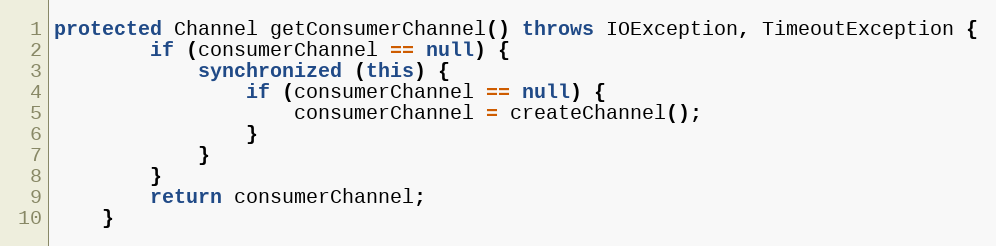
Language: Java
protected Channel getConsumerChannel() throws IOException, TimeoutException {
        if (consumerChannel == null) {
            synchronized (this) {
                if (consumerChannel == null) {
                    consumerChannel = createChannel();
                }
            }
        }
        return consumerChannel;
    }